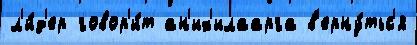
л'и́д'ер говор'и́т ан'их'илаарга в'ерну́тьс'я